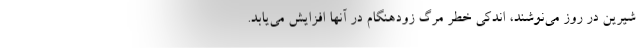
شیرین در روز می‌نوشند، اندکی خطر مرگ زودهنگام در آنها افزایش می‌یابد.